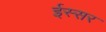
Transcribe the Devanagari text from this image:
ईस्सर